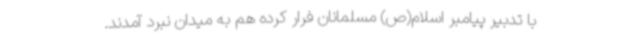
با تدبیر پیامبر اسلام(ص) مسلمانان فرار کرده هم به میدان نبرد آمدند.